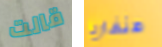
قالت هنغاريا